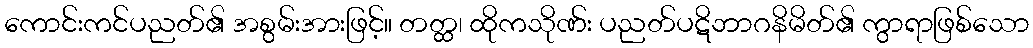
ကောင်းကင်ပညတ်၏ အစွမ်းအားဖြင့်။ တတ္ထ၊ ထိုကသိုဏ်း ပညတ်ပဋိဘာဂနိမိတ်၏ ကွာရာဖြစ်သော